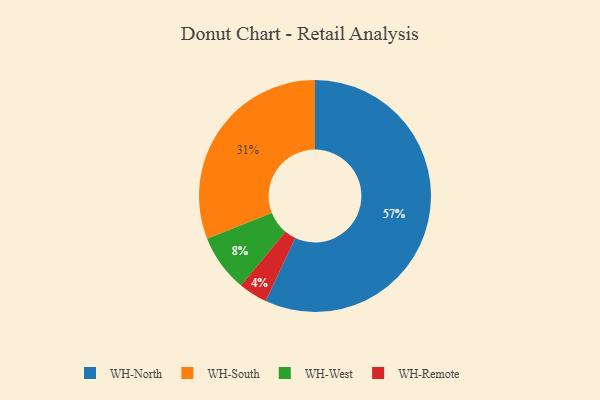
{"axis": {"x": "Category", "y": "Percentage"}, "legend": ["WH-North", "WH-Remote", "WH-South", "WH-West"], "data": [{"x": "WH-South", "y": 31, "type": "WH-South"}, {"x": "WH-West", "y": 8, "type": "WH-West"}, {"x": "WH-Remote", "y": 4, "type": "WH-Remote"}, {"x": "WH-North", "y": 57, "type": "WH-North"}]}